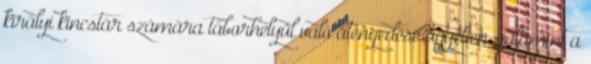
királyi kincstár számára táborhelyül való átengedése ügyében, valamint a